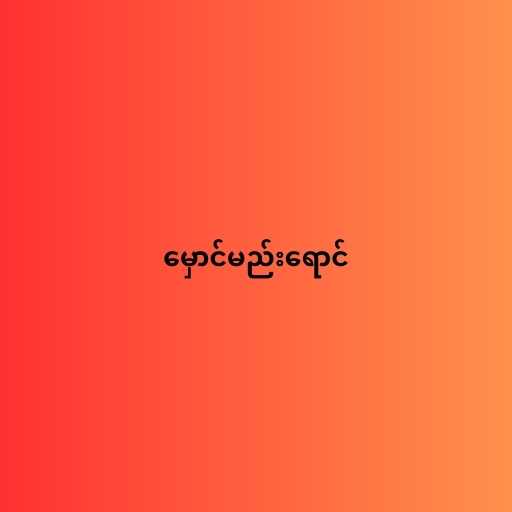
မှောင်မည်းရောင်